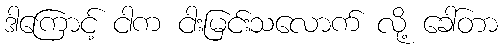
ဒါကြောင့် ငါက ငါးမြင်းသလောက် လို့ ခေါ်တာ